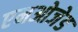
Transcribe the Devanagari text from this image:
एमओजेड